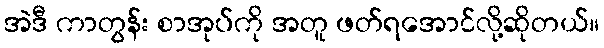
အဲဒီ ကာတွန်း စာအုပ်ကို အတူ ဖတ်ရအောင်လို့ဆိုတယ်။